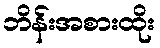
ဘိန်းအစားထိုး